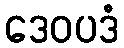
ဒေဝပဒံ